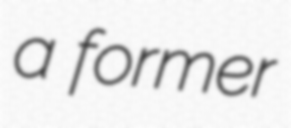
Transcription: a former